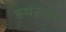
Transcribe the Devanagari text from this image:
स्थरावर